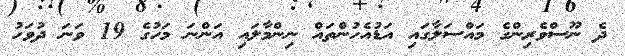
ދެ ނޫސްވެރިންގެ މައްސަލާގައި އަޑުއެހުންތައް ނިންމާލައި އަންނަ މަހުގެ 19 ވަނަ ދުވަހު